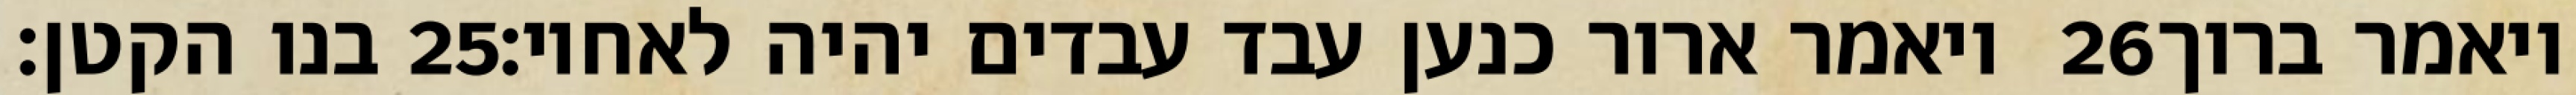
בנו הקטן׃ ‎25‏ ויאמר ארור כנען עבד עבדים יהיה לאחיו׃ ‎26‏ ויאמר ברוך